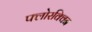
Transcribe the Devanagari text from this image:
फ्लोरक्विन